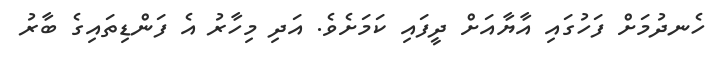
ހެނދުމަށް ފަހުގައި އާޔާއަށް ދީފައި ކަމަށެވެ. އަދި މިހާރު އެ ފަންޑިތައިގެ ބާރު